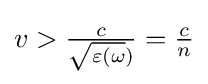
{\textstyle v>{\frac {c}{{\sqrt {\varepsilon (\omega }})}}={\frac {c}{n}}}